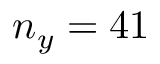
n _ { y } = 4 1